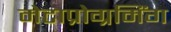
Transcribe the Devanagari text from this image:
मेटाप्रोग्रमिंग